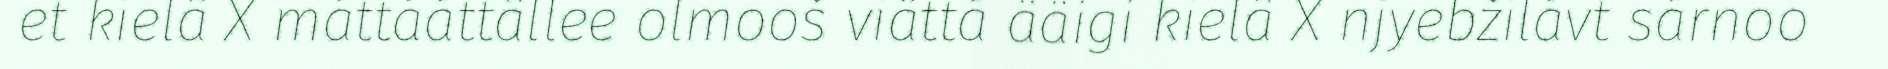
et kielâ X máttááttâllee olmooš viättá ääigi kielâ X njyebžilávt sárnoo